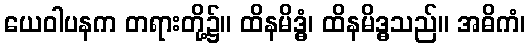
ယေဝါပနက တရားတို့၌။ ထိနမိဒ္ဓံ၊ ထိနမိဒ္ဓသည်။ အဓိကံ၊